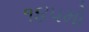
૧૪૫મો